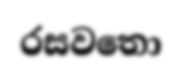
රසවතො